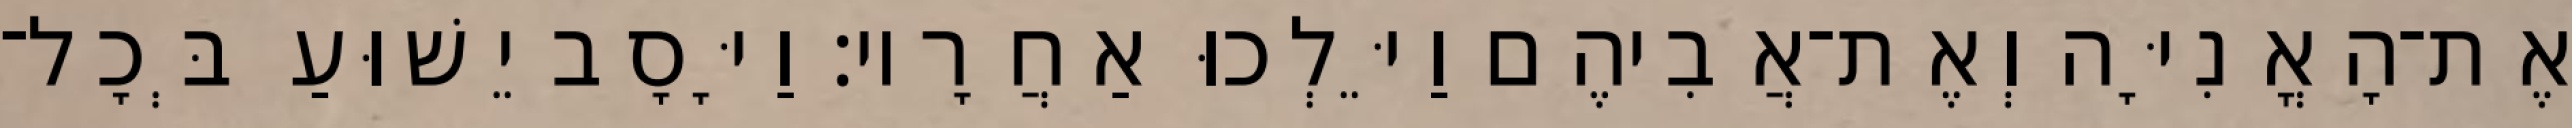
אֶת־הָאֳנִיָּה וְאֶת־אֲבִיהֶם וַיֵּלְכוּ אַחֲרָיו׃ וַיָּסָב יֵשׁוּעַ בְּכָל־